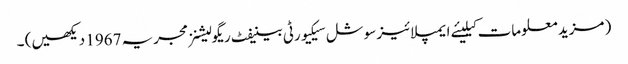
( مزید معلومات کیلیئے ایمپلائیز سوشل سیکیورٹی بینیفٹ ریگولیشنز مجریہ 1967 دیکھیں) ۔